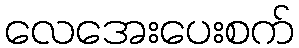
လေအေးပေးစက်